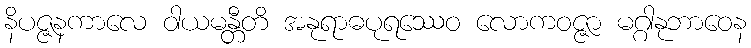
နိပဇ္ဇနကာလေ ဝါယမန္တီတိ အနုရာဓပုရဿေဝ လောကဝဇ္ဇာ မဂ္ဂါနုဘာဝေန